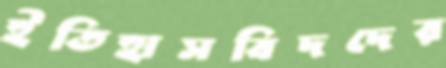
ইতিহাসবিদদের